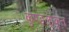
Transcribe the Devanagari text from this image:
कुण्डलाकृत